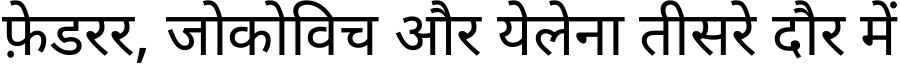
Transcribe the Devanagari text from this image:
फ़ेडरर, जोकोविच और येलेना तीसरे दौर में